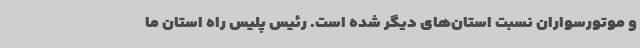
و موتورسواران نسبت استان‌های دیگر شده است. رئیس پلیس راه استان ما